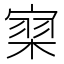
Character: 𰍗